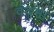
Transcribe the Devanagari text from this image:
वंदमा